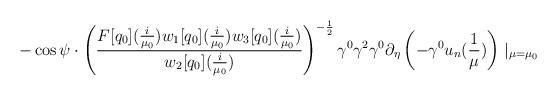
LaTeX: \begin{align*} -\cos\psi\cdot\left(\frac{F[q_{0}](\frac{i}{\mu_{0}})w_{1}[q_{0}](\frac{i}{\mu_{0}})w_{3}[q_{0}](\frac{i}{\mu_{0}})}{w_{2}[q_{0}](\frac{i}{\mu_{0}})}\right)^{-\frac{1}{2}}\gamma^{0}\gamma^{2}\gamma^{0}\partial_{\eta}\left(-\gamma^{0}u_{n}(\frac{1}{\mu})\right)\mid_{\mu=\mu_{0}}\end{align*}